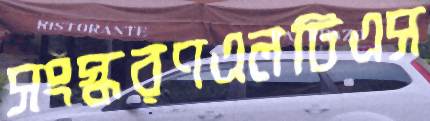
সংস্করণএলটিএস